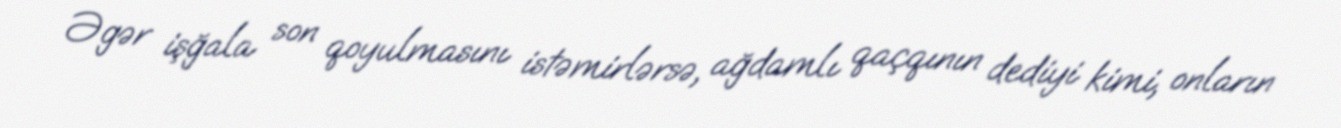
Əgər işğala son qoyulmasını istəmirlərsə, ağdamlı qaçqının dediyi kimi, onların